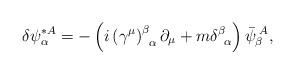
LaTeX: \begin{align*}\delta \psi _{\alpha }^{*A}=-\left( i\left( \gamma ^{\mu }\right)_{\;\;\alpha }^{\beta }\partial _{\mu }+m\delta _{\;\;\alpha }^{\beta}\right) \bar{\psi}_{\beta }^{\;A},\end{align*}